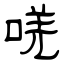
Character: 唴